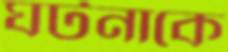
ঘটনাকে